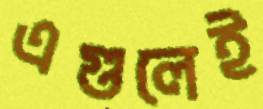
এগুলেই